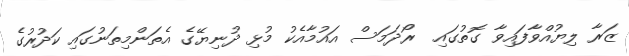
ޒަރާ ލިޔުއްވާފައިވާ ގޮތުގައި  ރޯދަމަސް އައުމާއެކު މުޅި ދުނިޔޭގެ އެތަންމިތަނުގައި ކަދުރުގެ